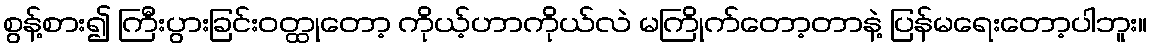
စွန့်စား၍ ကြီးပွားခြင်းဝတ္ထုတော့ ကိုယ့်ဟာကိုယ်လဲ မကြိုက်တော့တာနဲ့ ပြန်မရေးတော့ပါဘူး။